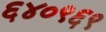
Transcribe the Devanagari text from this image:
६४०९६९